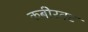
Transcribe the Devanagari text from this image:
कबीरवट